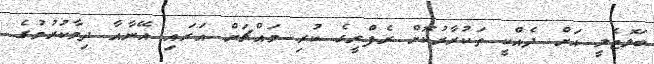
ބަލޮޓެލީ އަށް ދެއްކީ ތަކުރާރުކޮށް ރެފްރީގެ ކުރި މައްޗަށް އަރައި އޭނާއާ ދިމާކުރުމުގެ